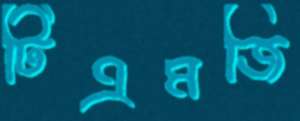
টিএমজি